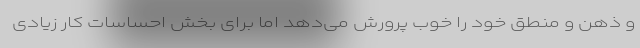
و ذهن و منطق خود را خوب پرورش می‌دهد اما برای بخش احساسات کار زیادی